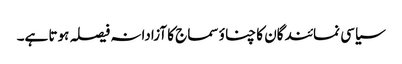
سیاسی نمائندگان کا چناؤ سماج کا آزادانہ فیصلہ ہوتا ہے۔